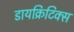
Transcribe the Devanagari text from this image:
डायक्रिटिक्स